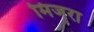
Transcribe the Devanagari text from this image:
मिजरा